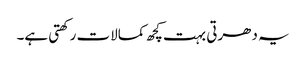
یہ دھرتی بہت کچھ کمالات رکھتی ہے۔